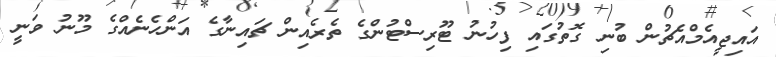
އައިޖީއެމްއެޗުން ބުނި ގޮތުގައި ފިހުނު ޓޫރިސްޓުންގެ ތެރެއިން ޗައިނާގެ އަންހެނެއްގެ މޫނު ވަނީ